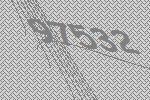
97532